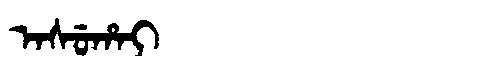
Manchu: ᠠᠰᡠᡥᠠᡳ
Romanization: ASUHAI